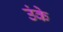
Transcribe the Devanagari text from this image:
उंके